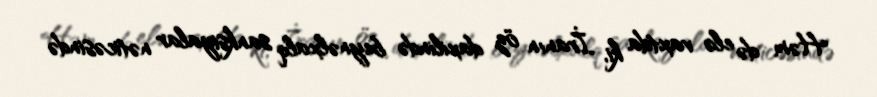
Həm də elə vaxtda ki, İranın öz daxilində beynəlxalq sanksiyalar nəticəsində